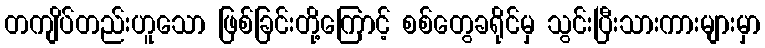
တကျိပ်တည်းဟူသော ဖြစ်ခြင်းတို့ကြောင့် စစ်တွေခရိုင်မှ သွင်းပြီးသားကားများမှာ